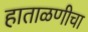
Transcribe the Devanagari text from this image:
हाताळणीचा